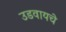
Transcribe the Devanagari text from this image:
उडवायचे